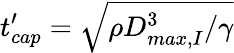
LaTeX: t_{cap}^{\prime}=\sqrt{\rho D_{max,I}^{3}/\gamma}